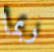
ربما